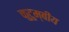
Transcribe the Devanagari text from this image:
कुटुम्बीय